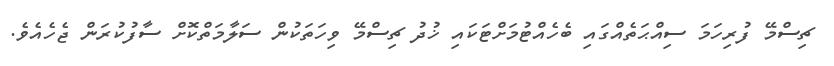
ޗިސްމޭ ފުރިހަމަ ސިއްޙަތެއްގައި ބެހެއްޓުމަށްޓަކައި ޚުދު ޗިސްމޭ ވިހަތަކުން ސަލާމަތްކޮށް ސާފުކުރަން ޖެހެއެވެ.